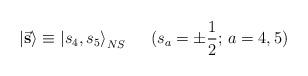
LaTeX: \begin{align*} {\vert \vec{\bf s}\rangle}\equiv {\vert s_{4}, s_{5} \rangle}_{NS} \,\,\,\,\,\,\,\,\,(s_{a}=\pm\frac{1}{2}; \, a= 4,5)\end{align*}